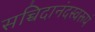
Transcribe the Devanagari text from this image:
सच्चिदानंदस्वरूपं